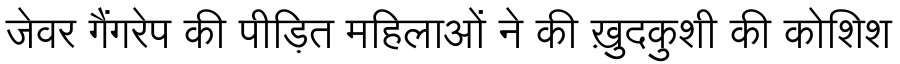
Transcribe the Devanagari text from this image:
जेवर गैंगरेप की पीड़ित महिलाओं ने की ख़ुदकुशी की कोशिश